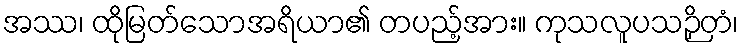
အဿ၊ ထိုမြတ်သောအရိယာ၏ တပည့်အား။ ကုသလူပသဉှိတံ၊